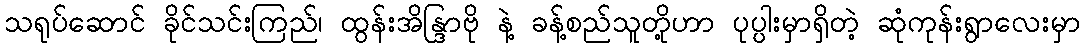
သရုပ်ဆောင် ခိုင်သင်းကြည်၊ ထွန်းအိန္ဒြာဗို နဲ့ ခန့်စည်သူတို့ဟာ ပုပ္ပါးမှာရှိတဲ့ ဆုံကုန်းရွာလေးမှာ